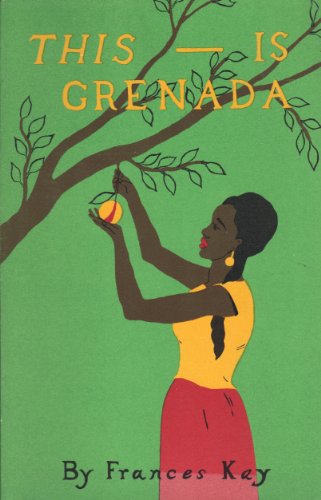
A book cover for This--is Grenada; Frances Kay; Travel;